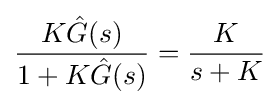
{\frac {K{\hat {G}}(s)}{1+K{\hat {G}}(s)}}={\frac {K}{s+K}}